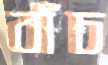
বাঁচ